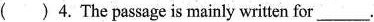
( )4.The passage is mainly written for___.